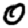
Digit: 0